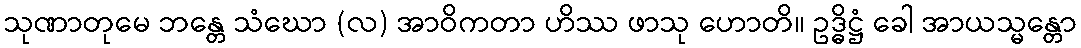
သုဏာတုမေ ဘန္တေ သံဃော (လ) အာဝိကတာ ဟိဿ ဖာသု ဟောတိ။ ဥဒ္ဓိဋ္ဌံ ခေါ အာယသ္မန္တော